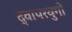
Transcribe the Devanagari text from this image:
द्वापरयुगों